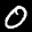
Label: 0